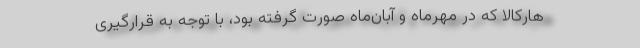
هارکالا که در مهرماه و آبان‌ماه صورت گرفته بود، با توجه به قرارگیری